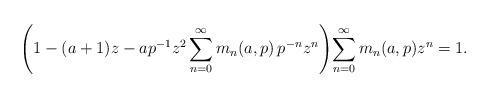
LaTeX: \begin{align*}\left(1-(a+1)z-ap^{-1}z^{2}\sum_{n=0}^{\infty}m_{n}(a,p)\, p^{-n}z^{n}\right)\!\sum_{n=0}^{\infty}m_{n}(a,p)z^{n}=1.\end{align*}